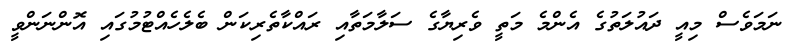
ނަމަވެސް މިއީ ދައުލަތުގެ އެންމެ މަތީ ވެރިޔާގެ ސަލާމަތާއި ރައްކާތެރިކަން ބެލެހެއްޓުމުގައި އޮންނަންވީ